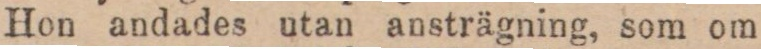
Hon andades utan ansträgning, som om